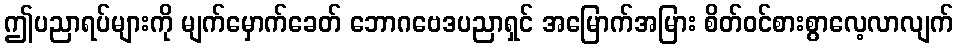
ဤပညာရပ်များကို မျက်မှောက်ခေတ် ဘောဂဗေဒပညာရှင် အမြောက်အမြား စိတ်ဝင်စားစွာလေ့လာလျက်